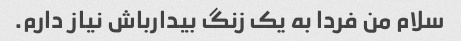
سلام من فردا به یک زنگ بیدارباش نیاز دارم.